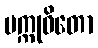
ပက္ကုဓိတော